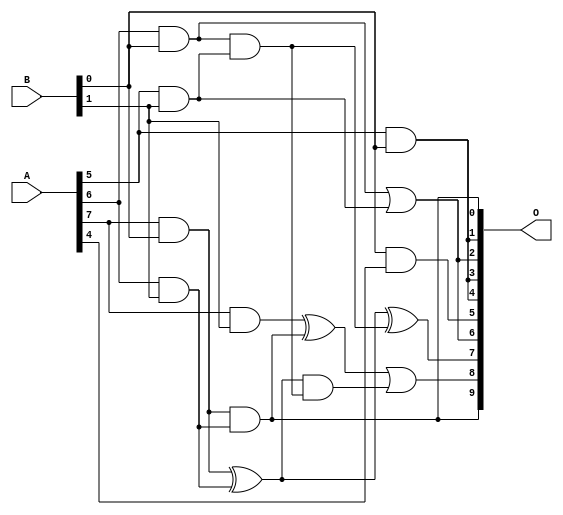
// This program was cloned from: https://github.com/ehw-fit/evoapproxlib
// License: MIT License

/***
* This code is a part of EvoApproxLib library (ehw.fit.vutbr.cz/approxlib) distributed under The MIT License.
* When used, please cite the following article(s): V. Mrazek, L. Sekanina, Z. Vasicek "Libraries of Approximate Circuits: Automated Design and Application in CNN Accelerators" IEEE Journal on Emerging and Selected Topics in Circuits and Systems, Vol 10, No 4, 2020 
* This file contains a circuit from a sub-set of pareto optimal circuits with respect to the pwr and mre parameters
***/
// MAE% = 1.66 %
// MAE = 17 
// WCE% = 6.15 %
// WCE = 63 
// WCRE% = 100.00 %
// EP% = 73.24 %
// MRE% = 18.64 %
// MSE = 615 
// PDK45_PWR = 0.0086 mW
// PDK45_AREA = 39.9 um2
// PDK45_DELAY = 0.18 ns

module mul8x2u_0ZV (
    A,
    B,
    O
);

input [7:0] A;
input [1:0] B;
output [9:0] O;

wire sig_15,sig_16,sig_17,sig_20,sig_23,sig_24,sig_28,sig_36,sig_37,sig_38,sig_39,sig_50,sig_51,sig_53,sig_65;

assign sig_15 = A[5] & B[0];
assign sig_16 = A[6] & B[0];
assign sig_17 = A[7] & B[0];
assign sig_20 = B[0] & A[4];
assign sig_23 = A[5] & B[1];
assign sig_24 = A[6] & B[1];
assign sig_28 = A[7] & B[1];
assign sig_36 = sig_16 & sig_23;
assign sig_37 = sig_16 | sig_23;
assign sig_38 = sig_17 & sig_24;
assign sig_39 = sig_17 ^ sig_24;
assign sig_50 = sig_39 & sig_36;
assign sig_51 = sig_39 ^ sig_36;
assign sig_53 = sig_28 ^ sig_38;
assign sig_65 = sig_53 | sig_50;

assign O[9] = sig_38;
assign O[8] = sig_65;
assign O[7] = sig_51;
assign O[6] = sig_37;
assign O[5] = sig_20;
assign O[4] = sig_15;
assign O[3] = sig_15;
assign O[2] = sig_37;
assign O[1] = sig_15;
assign O[0] = sig_38;

endmodule